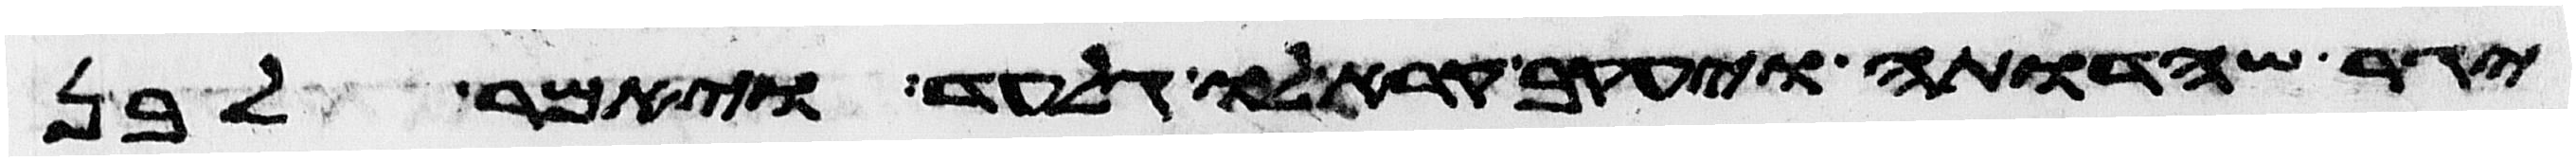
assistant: יגר שהדותה ויעקב קרא לו גל עד ויאמר לבן